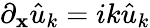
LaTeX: \partial_{\mathbf{x}}\hat{{u}}_{k}=ik\hat{{u}}_{k}